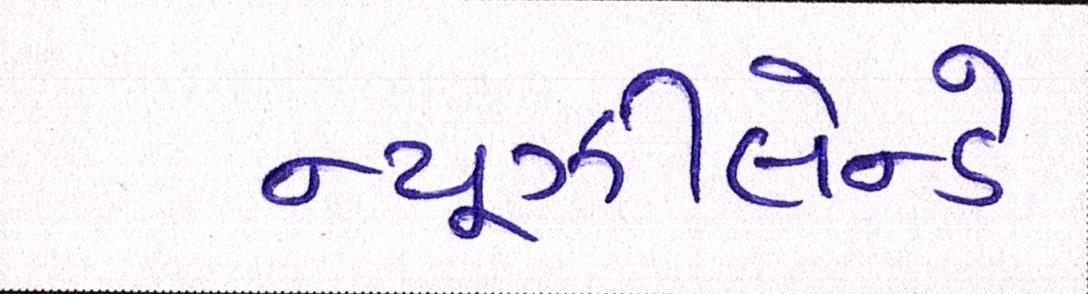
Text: ન્યૂઝીલેન્ડે